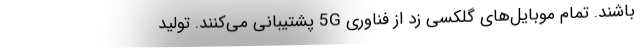
باشند. تمام موبایل‌های گلکسی زد از فناوری 5G پشتیبانی می‌کنند. تولید